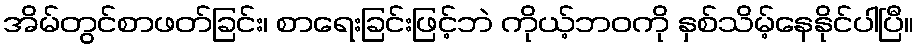
အိမ်တွင်စာဖတ်ခြင်း၊ စာရေးခြင်းဖြင့်ဘဲ ကိုယ့်ဘဝကို နှစ်သိမ့်နေနိုင်ပါပြီ။